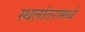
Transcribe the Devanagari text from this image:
स्थलांतरामध्ये